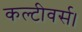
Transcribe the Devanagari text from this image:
कल्टीवर्स।